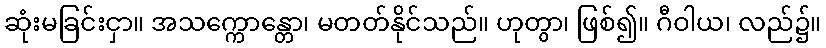
ဆုံးမခြင်းငှာ။ အသက္ကောန္တော၊ မတတ်နိုင်သည်။ ဟုတွာ၊ ဖြစ်၍။ ဂီဝါယ၊ လည်၌။